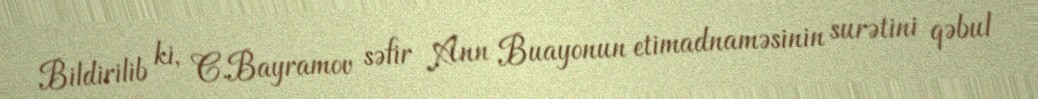
Bildirilib ki, C.Bayramov səfir Ann Buayonun etimadnaməsinin surətini qəbul